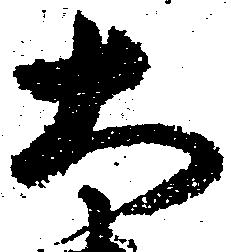
大